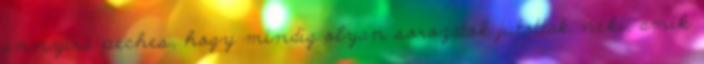
annyira peches, hogy mindig olyan sorozatok jutottak neki, amik